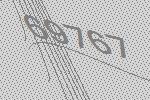
69767